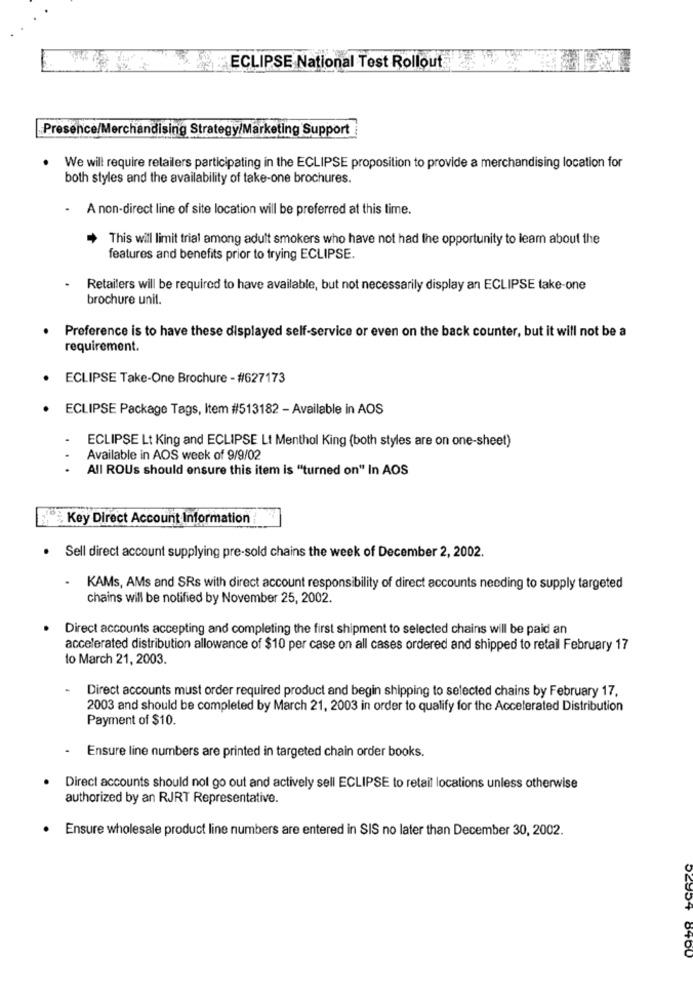
ECLIPSE National Test Rollout
Presence/Merchandising Strategy/Marketing Support
We will require retailers participating in the ECLIPSE proposition to provide a merchandising location for
both styles and the availability of take-one brochures.
.
A non-direct line of site location will be preferred at this time.
This will limit trial among adult smokers who have not had the opportunity to learn about the
features and benefits prior to trying ECLIPSE.
. Retailers will be required to have available, but not necessarily display an ECLIPSE take-one
brochure unit.
Preference is to have these displayed self-service or even on the back counter, but it will not be a
requirement.
ECLIPSE Take-One Brochure - #627173
ECLIPSE Package Tags, Item #513182 - Available in AOS
ECLIPSE Lt King and ECLIPSE Lt Menthol King (both styles are on one-sheet)
Available in AOS week of 9/9/02
All ROUs should ensure this item is "turned on" In AOS
Key Direct Account Information
. Sell direct account supplying pre-sold chains the week of December 2, 2002.
- KAMs, AMs and SRs with direct account responsibility of direct accounts needing to supply targeted
chains will be notified by November 25, 2002.
Direct accounts accepting and completing the first shipment to selected chains will be paid an
accelerated distribution allowance of $10 per case on all cases ordered and shipped to retail February 17
to March 21, 2003.
Direct accounts must order required product and begin shipping to selected chains by February 17,
2003 and should be completed by March 21, 2003 in order to qualify for the Accelerated Distribution
Payment of $10.
- Ensure line numbers are printed in targeted chain order books.
Direct accounts should not go out and actively sell ECLIPSE to retail locations unless otherwise
authorized by an RJRT Representative.
Ensure wholesale product line numbers are entered in SIS no later than December 30, 2002.
02354 8460